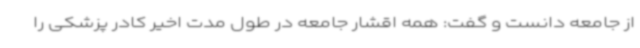
از جامعه دانست و گفت: همه اقشار جامعه در طول مدت اخیر کادر پزشکی را